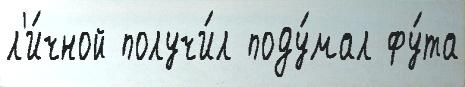
л'и́чной получи́л поду́мал фу́та